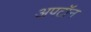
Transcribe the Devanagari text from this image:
अपटॉन